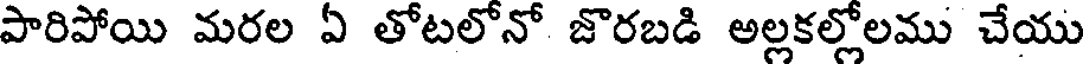
పారిపోయి మరల ఏ తోటలోనో జొరబడి అల్లకల్లోలము చేయు